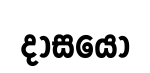
දාසයෝ